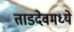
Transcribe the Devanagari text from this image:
ताडदेवमध्ये